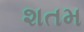
શતમ